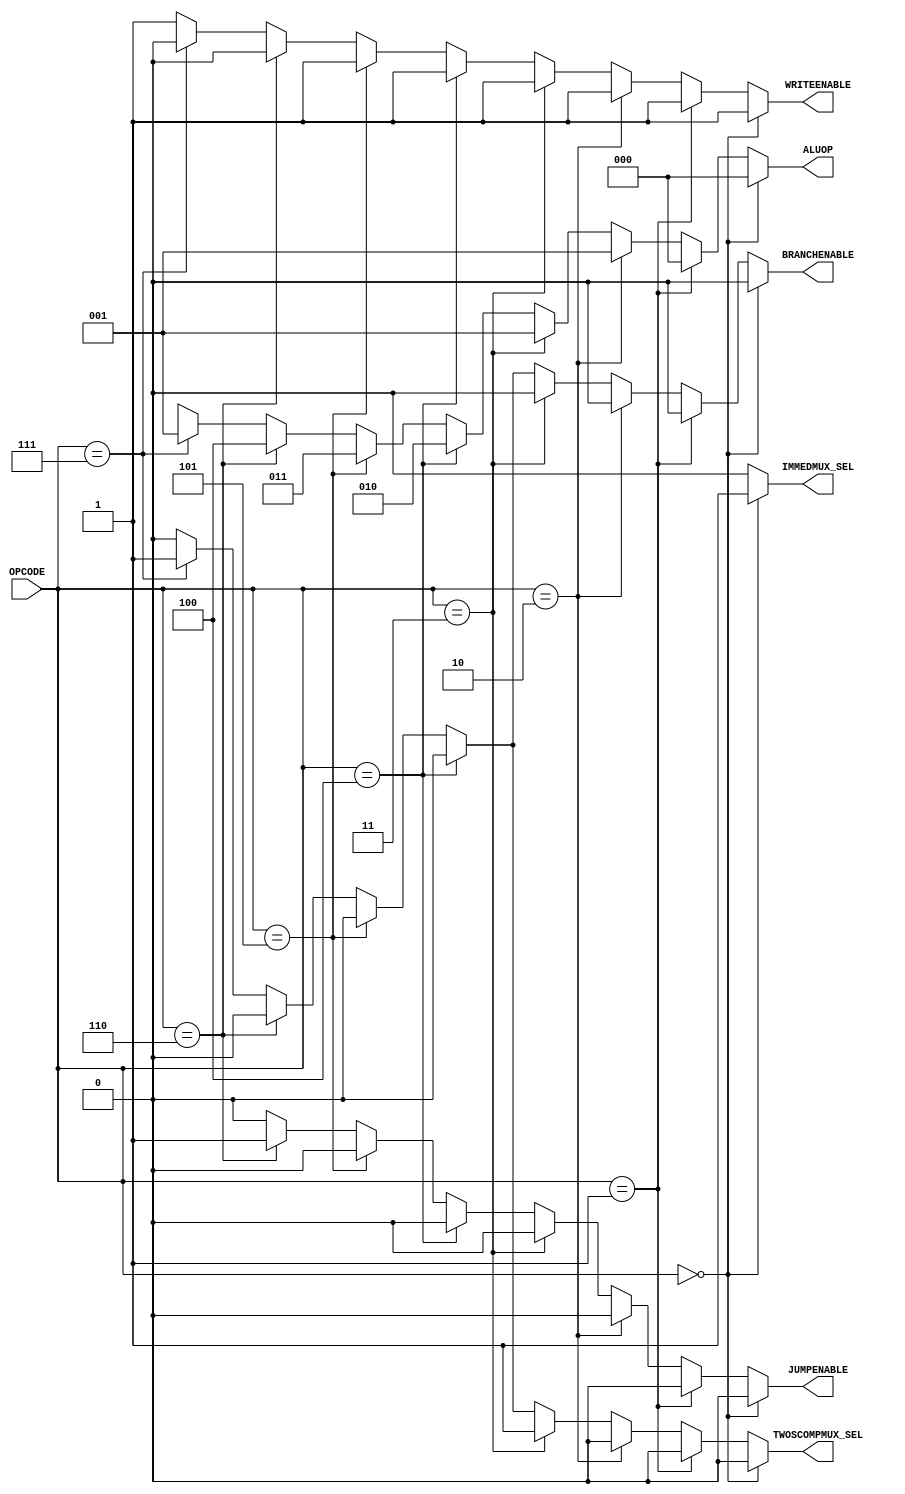
module control_unit(OPCODE,ALUOP,WRITEENABLE,TWOSCOMPMUX_SEL,IMMEDMUX_SEL,BRANCHENABLE,JUMPENABLE);

  input [7:0] OPCODE;     //to decide the ALUOP code
  output reg [2:0] ALUOP;     //to select each operation add,sub,loadi,and...
  output reg WRITEENABLE,TWOSCOMPMUX_SEL,IMMEDMUX_SEL,BRANCHENABLE,JUMPENABLE;    //control signals

  //decoding the opcode 
  always @(*)
  begin
    #1;                     //delay for decoding and creating control signals
    WRITEENABLE = 1'b1;     //enables write to register signal
    TWOSCOMPMUX_SEL = 1'b0; 
    IMMEDMUX_SEL = 1'b0;
    BRANCHENABLE = 1'b0;
    JUMPENABLE = 1'b0;

    if(OPCODE == 8'b00000000)         //for loadi instruction
    begin
      ALUOP = 3'b000;
      IMMEDMUX_SEL = 1'b1;                    //enables mux for immediate value select
    end
    else if (OPCODE == 8'b00000001) begin     //for mov instruction
      ALUOP = 3'b000;
    end
    else if (OPCODE == 8'b00000010) begin     //for add instruction
      ALUOP = 3'b001;
    end
    else if (OPCODE == 8'b00000011) begin     //for sub instruction
      ALUOP = 3'b001;
      TWOSCOMPMUX_SEL = 1'b1;                 //enables 2's compliment select mux for sub instructions
    end
    else if (OPCODE == 8'b00000100) begin     //for and instruction
      ALUOP = 3'b010;
    end
    else if (OPCODE == 8'b00000101) begin     //for or instruction
      ALUOP = 3'b011;
    end
    else if (OPCODE == 8'b00000110) begin     //for jump instruction
      ALUOP = 3'b100;  
      JUMPENABLE = 1'b1;                       //enabled to send jump signal to manipulate PC                 
      WRITEENABLE = 1'b0;
    end
    else if (OPCODE == 8'b00000111) begin     //for beq instruction
      ALUOP = 3'b001;                         //used same aluop as add/sub so that the register values difference can be used to calculate ZERO. 
      TWOSCOMPMUX_SEL = 1'b1;                 //enabled to get substract result from two register values
      BRANCHENABLE = 1'b1;                    //enabled to send jump/branch signal to manipulate PC
      WRITEENABLE = 1'b0;
    end
    else
    begin
      ALUOP = 3'b1xx;         //default for not yet used ALUOP values
    end
  end

endmodule